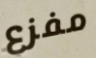
مفزع